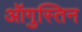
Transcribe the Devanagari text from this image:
ऑगुस्तिन